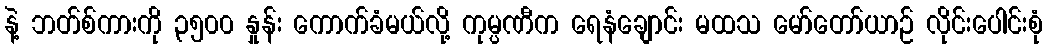
နဲ့ ဘတ်စ်ကားကို ၃၅၀၀ နှုန်း ကောက်ခံမယ်လို့ ကုမ္ပဏီက ရေနံချောင်း မထသ မော်တော်ယာဉ် လိုင်းပေါင်းစုံ